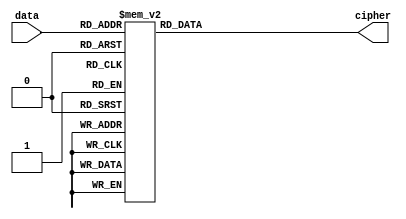
module decoder (
    input [5:0] data,
    output reg [7:0] cipher
);

//1 = 00
//2 = 01
//3 = 10
always @(data)
    case (data)
        6'b101001: cipher = 8'b01000001; //A = 332
        6'b000110: cipher = 8'b01000010; //B = 123
        6'b001001: cipher = 8'b01000011; //C = 132
        6'b010101: cipher = 8'b01000100; //D = 222
        6'b100000: cipher = 8'b01000101; //E = 311
        6'b000000: cipher = 8'b01000110; //F = 111
        6'b010001: cipher = 8'b01000111; //G = 212
        6'b100101: cipher = 8'b01001000; //H = 322
        6'b101010: cipher = 8'b01001001; //I = 333
        6'b000100: cipher = 8'b01001010; //J = 121
        6'b100110: cipher = 8'b01001011; //K = 323
        6'b011000: cipher = 8'b01001100; //L = 231
        6'b010010: cipher = 8'b01001101; //M = 213
        6'b100001: cipher = 8'b01001110; //N = 312
        6'b001000: cipher = 8'b01001111; //O = 131
        6'b011001: cipher = 8'b01010000; //P = 232
        6'b101000: cipher = 8'b01010001; //Q = 331
        6'b000001: cipher = 8'b01010010; //R = 112
        6'b001010: cipher = 8'b01010011; //S = 133
        6'b011010: cipher = 8'b01010100; //T = 233
        6'b100100: cipher = 8'b01010101; //U = 321
        6'b010000: cipher = 8'b01010110; //V = 211
        6'b010110: cipher = 8'b01010111; //W = 223
        6'b000101: cipher = 8'b01010111; //X = 122
        6'b000010: cipher = 8'b01010111; //Y = 113
        6'b010100: cipher = 8'b01010111; //Z = 221
        default:   cipher = 8'b00101110; //. = 'h2E
    endcase

endmodule